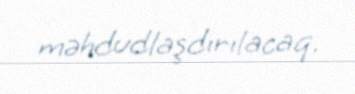
məhdudlaşdırılacaq.